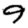
Digit: 9